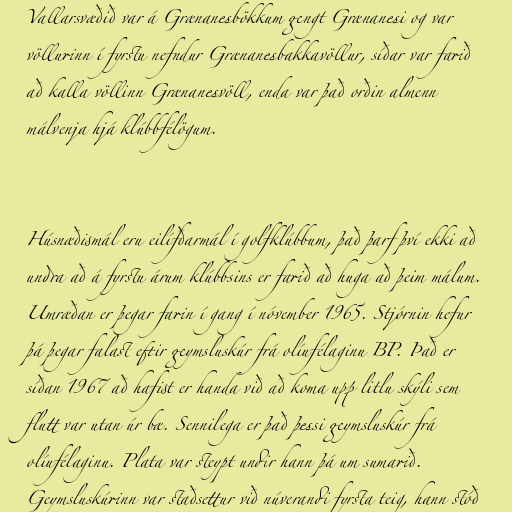
Vallarsvæðið var á Grænanesbökkum gengt Grænanesi og var
völlurinn í fyrstu nefndur Grænanesbakkavöllur, síðar var farið
að kalla völlinn Grænanesvöll, enda var það orðin almenn
málvenja hjá klúbbfélögum.

Húsnæðismál eru eilífðarmál í golfklúbbum, það þarf því ekki að
undra að á fyrstu árum klúbbsins er farið að huga að þeim málum.
Umræðan er þegar farin í gang í nóvember 1965. Stjórnin hefur
þá þegar falast eftir geymsluskúr frá olíufélaginu BP. Það er
síðan 1967 að hafist er handa við að koma upp litlu skýli sem
flutt var utan úr bæ. Sennilega er það þessi geymsluskúr frá
olíufélaginu. Plata var steypt undir hann þá um sumarið.
Geymsluskúrinn var staðsettur við núverandi fyrsta teig, hann stóð